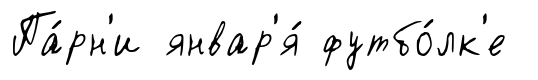
Па́рн'и январ'я́ футбо́лк'е